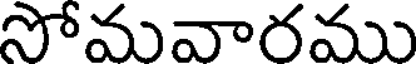
సోమవారము